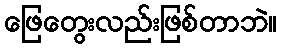
ဖြေတွေးလည်းဖြစ်တာဘဲ။